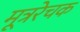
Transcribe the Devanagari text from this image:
मूत्ररेचक